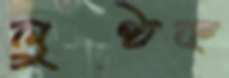
লুণ্ঠক